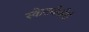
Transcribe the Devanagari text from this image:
स्केटबोर्डर्स